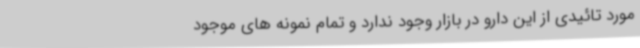
مورد تائیدی از این دارو در بازار وجود ندارد و تمام نمونه های موجود